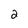
Character: 2